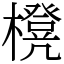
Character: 櫈